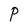
Character: P